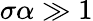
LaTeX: \sigma\alpha\gg 1